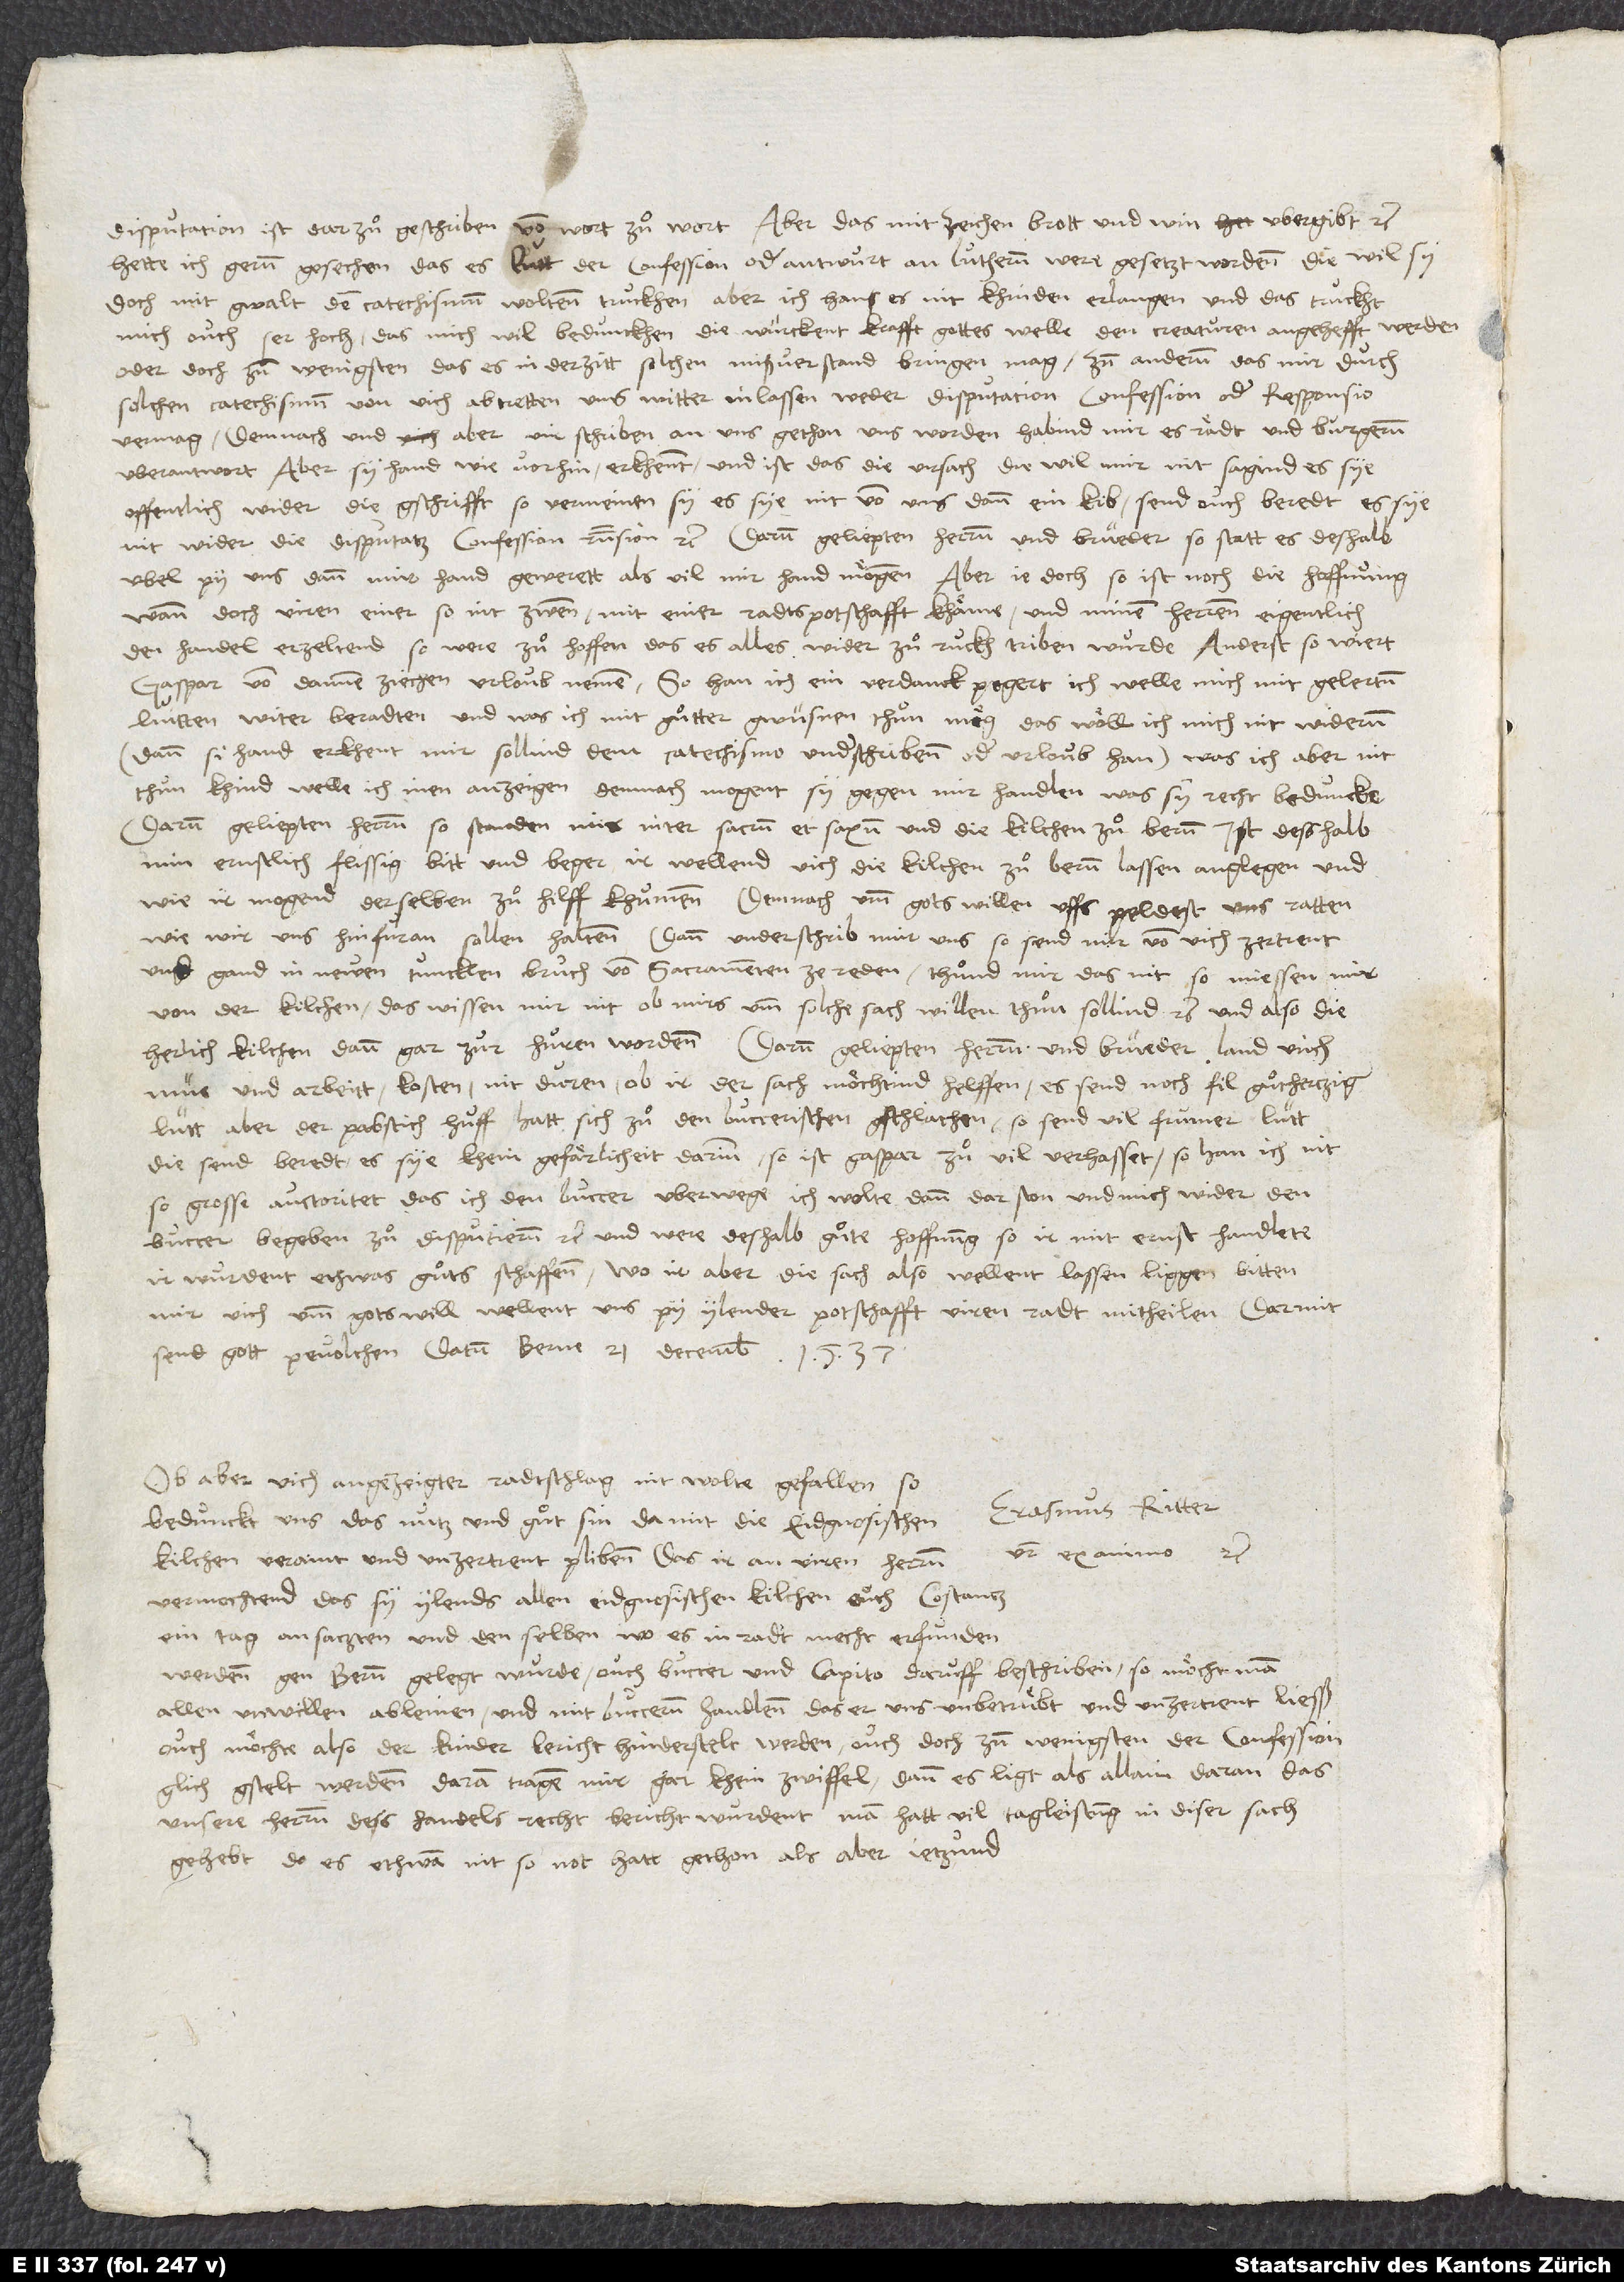
disputacion ist darzuͦ geschriben von wort zuͦ wort. Aber das "mit zeichen brott und win ubergibr" etc.
hette ich gernn gesechen, das es lutt der confession oder antwurt an Luthernn were gesetzt wordenn, die wil sy
doch mit gwalt den catechismum woltenn truckhen. Aber ich han es nit khinden erlangen, und das truckht
mich ouch ser hoch, das mich wil bedunckhen, die würckent krafft gottes welle den creaturen angehefft werden,
oder doch zum wenigsten, das es in der zitt solchen mißverstand bringen mag; zum andernn, das mir durch
solchen catechismum von uich abtretten, uns witter inlassen, weder disputacion, confession oder responsio
vermag. Demnach und aber uir schriben, an uns gethon, uns worden, habind mir es rädt und burgernn
uberantwort. Aber sy hand wie vorhin erkhennt, und ist das die ursach: Die wil mir nit sagind, es sye
offentlich wider die gschrifft, so vermeinen sy, es sye nit von uns dann ein kib, send ouch beredt, es sye
nit wider die disputatz, confession, responsion etc. Darumb, geliepten herrnn und brüeder, so statt es deshalb
ubel py uns; dann mir hand gewerett, als vil mir hand mögen. Aber je doch so ist noch die hoffnung,
wann doch uiren einer, so nit zwenn, mit einer radtspotschafft khäme und minen herrenn eigentlich
den handel erzeltend, so were zuͦ hoffen, das es alles wider zuͦ ruckh triben wurde. Anderst so wiert
Gaspar von dannen ziechen, urloub nemen. So han ich ein verdanck pegert, ich welle mich mit gelertnn
luitten witer beradten. Und was ich mit guͦtter gwüsnen thuͦn mög, das wöll ich mich nit widernn
(dann si hand erckhent, mir sollind dem catechismo underschribenn oder urloub han); was ich aber nit
thuͦn khind, welle ich inen anzeigen. Demnach mogent sy gegen mir handlen, was sy recht beduncke.
Darumb, geliepten herrnn, so standen mir inter sacrum et saxum und die kilchen zuͦ Bernn. Ist desshalb
min ernstlich, flissig bitt und beger, ir wellend uich die kilchen zuͦ Bernn lassen anglegen und,
wie ir mogend, derselben zuͦ hilff khumenn, demnach umb gots willen uffs peldest uns ratten,
wie wir uns hinfuran sollen haltenn. Dann underschrib mir uns, so send mir von uich zertrent
und gand in newen tuncklen bruch von sacramenten ze reden; thuͦnd mir das nit, so miessen mir
von der kilchen. Das wissen mir nit, ob mirs umb solche sach willen thuͦn sollind etc. und also die
herlich kilchen dann gar zur huͦren wordenn. Darumb, geliepten herrnn und brüeder, land uich
müe und arbeitt, kosten nit duren, ob ir der sach möchtind helffen. Es send noch fil guͦthertziger
lütt; aber der pabstisch huff hatt sich zuͦ den Buccerischen gschlachen. So send vil frumer lütt,
die send beredt, es sye khein gefärlicheit darinn. So ist Gaspar zuͦ vil verhasset; so han ich nit
so grosse auctoritet, das ich den Buccer uberwege, ich wolte dann dar ston und mich wider den
Buccer begeben zuͦ disputiernn etc. Und were deshalb guͦte hoffnung, so ir mit ernst handlete,
ir wurdent ethwas guͦts schaffenn; wo ir aber die sach also wellent lassen liggen, bitten
mir uich umb gots will, wellent uns py ylender potschafft uiren radt mitheilen. Darmit
send gott pevolchen. Datum Berne, 21. decembris 1537.
Ob aber uich angezeigter radtschlag nit wolte gefallen, so
bedunckt uns das nutz und guͦt sin, damit die eidgnosischen
vester ex animo etc.
kilchen veraint und unzertrent plibenn, das ir an uiren herrnn
vermochtend, das sy ylends allen eidgnosischen kilchen, ouch Costantz,
ein tag ansatzten und den selben, wo es in radt mecht erfunden
werdenn, gen Bernn gelegt wurde, ouch Buccer und Capito daruff beschriben; so möcht man
allen unwillen ableinen und mitBuccernn handlenn, das er uns unbetruͤbt und unzertrent liesß.
Ouch möchte also der kinder bericht hinderstelt werden, ouch doch zum wenigsten der confession
glich gstelt werdenn. Daran tragen mir gar khein zwiffel; dann es ligt als allain daran, das
unsere herrnn dess handels recht bericht wurdent. Man hatt vil tagleistung in diser sach
gehebt, do es ethwan nit so not hatt gethon als aber jetzund.